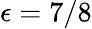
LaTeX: \epsilon=7/8